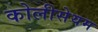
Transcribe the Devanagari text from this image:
कोलीसेयम